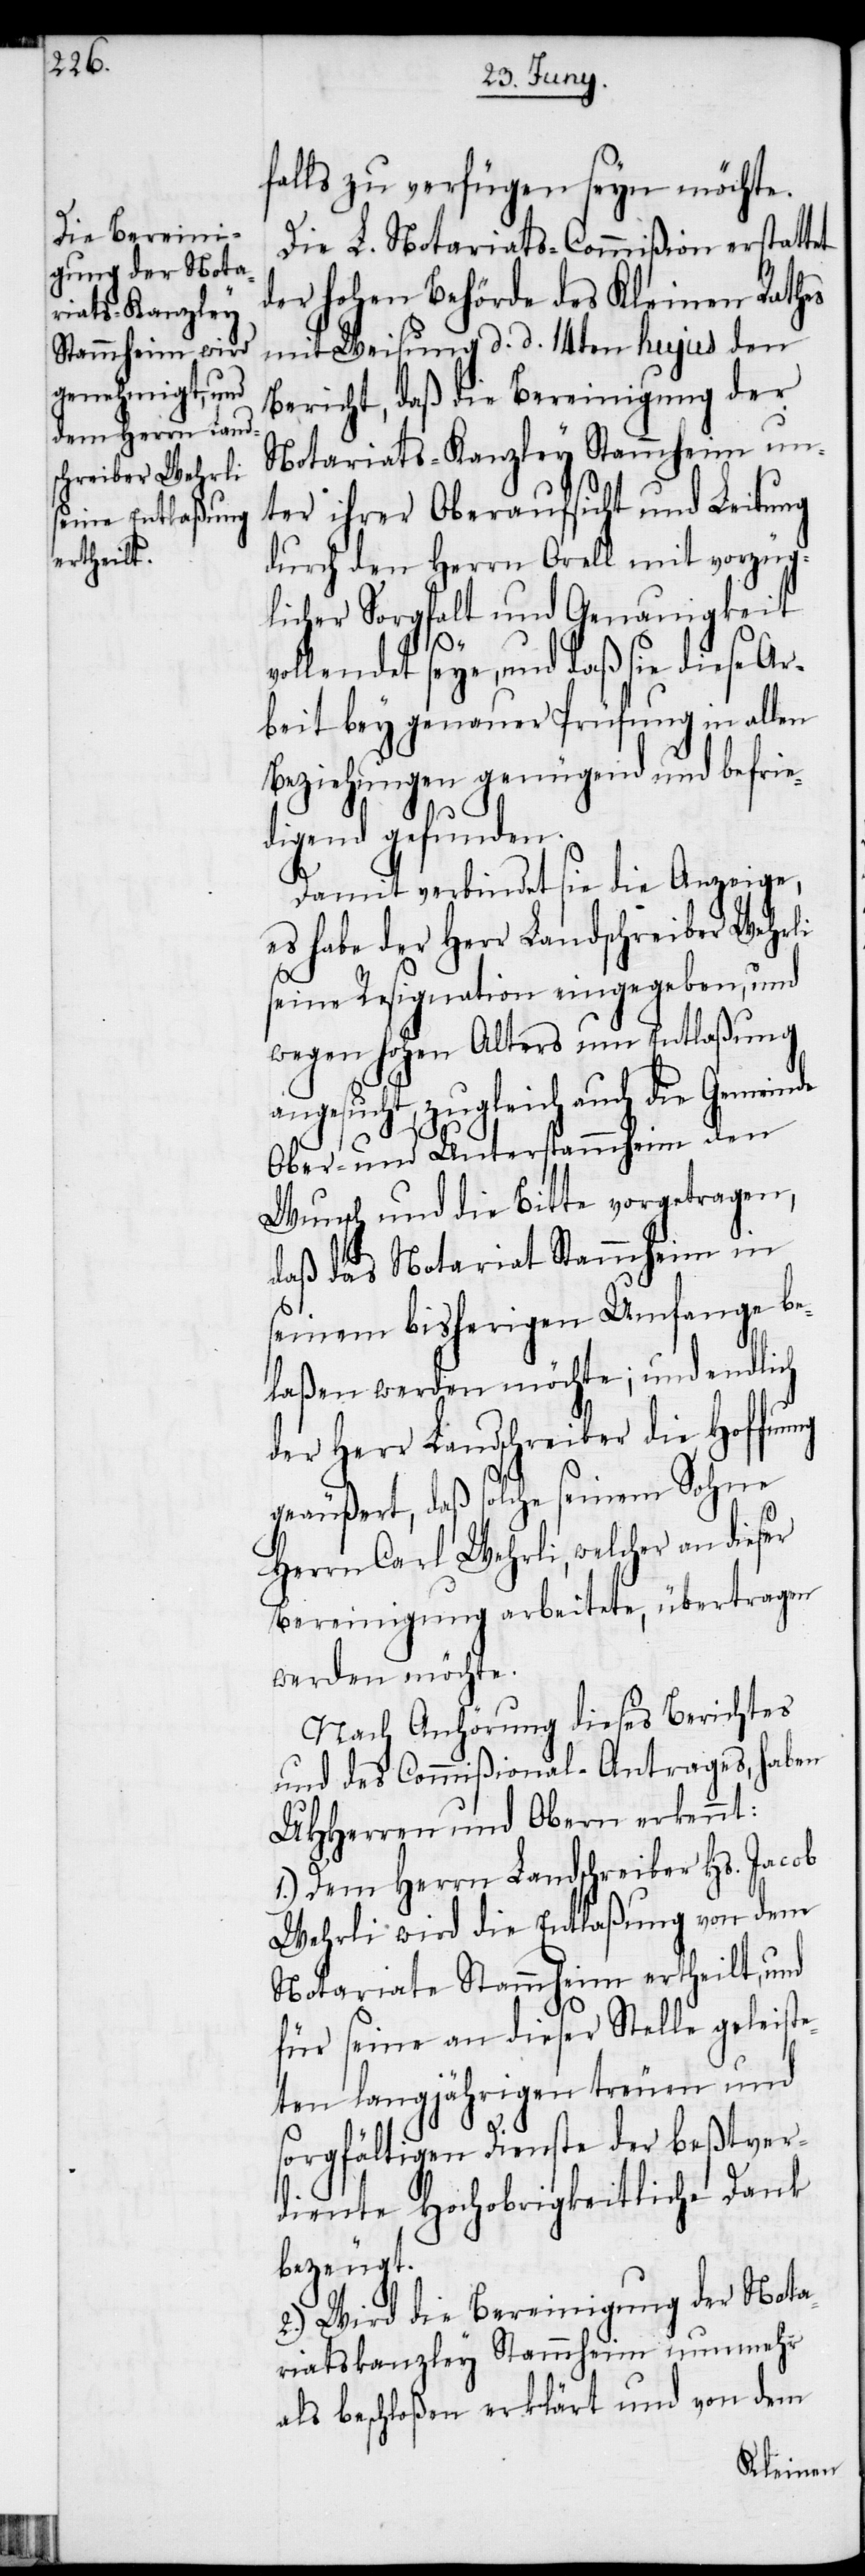
falls zu verfügen seyn möchte.
Die L. Notariats-Commißion erstattet
der hohen Behörde des Kleinen Rathes
mit Weisung d. d. 14ten hujus den
Bericht, daß die Bereinigung der
Notariats-Kanzley Stammheim un¬
ter ihrer Oberaufsicht und Leitung
durch den Herrn Orell mit vorzüg¬
licher Sorgfalt und Genauigkeit
vollendet seye, und daß sie diese Ar¬
beit bey genauer Prüfung in allen
Beziehungen genügend und befrie¬
digend gefunden.
Damit verbindet sie die Anzeige,
es habe der Herr Landschreiber Wehrli
seine Resignation eingegeben, und
wegen hohen Alters um Entlaßung
angesucht, zugleich auch die Gemeinde
Ober- und Unterstammheim den
Wunsch und die Bitte vorgetragen,
daß das Notariat Stammheim in
seinem bisherigen Umfange be¬
laßen werden möchte; und endlich
der Herr Landschreiber die Hoffnung
geäußert, daß solche seinem Sohne
Herrn Carl Wehrli, welcher an dieser
Bereinigung arbeitete, übertragen
werden möchte.
Nach Anhörung dieses Berichtes
und des Commißional-Antrages, haben
UHHerren und Obern erkennt:
1.) Dem Herrn Landschreiber Hs. Jacob
Wehrli wird die Entlaßung von dem
Notariate Stammheim ertheilt, und
für seine an dieser Stelle geleiste¬
ten langjährigen treuen und
sorgfältigen Dienste der beßtver¬
diente Hochobrigkeitliche Dank
bezeugt.
2.) Wird die Bereinigung der Nota¬
riatskanzley Stammheim nunmehr
als beschloßen erklärt und von dem